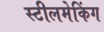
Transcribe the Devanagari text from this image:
स्टीलमेकिंग